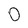
Character: O